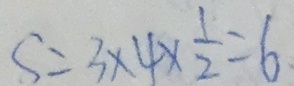
S = 3 \times 4 \times \frac { 1 } { 2 } = 6